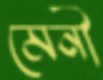
মেনী